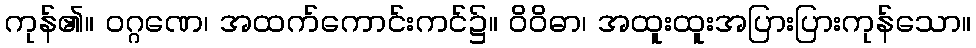
ကုန်၏။ ဝဂ္ဂဏေ၊ အထက်ကောင်းကင်၌။ ဝိဝိဓာ၊ အထူးထူးအပြားပြားကုန်သော။